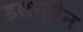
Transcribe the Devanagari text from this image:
इलन्देन